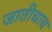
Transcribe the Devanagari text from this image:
जातीचाच